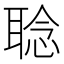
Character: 𱻻